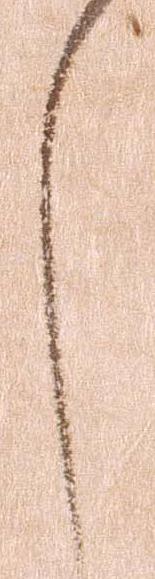
し